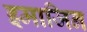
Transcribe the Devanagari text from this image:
इमाजिन